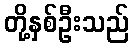
တို့နှစ်ဦးသည်